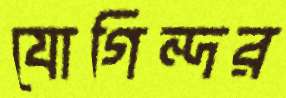
যোগিন্দর